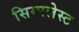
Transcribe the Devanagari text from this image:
सिम्पलेस्ट